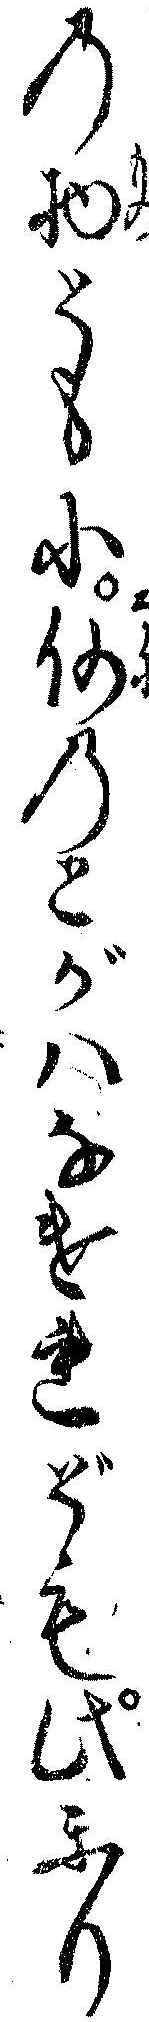
の物ともに何のとがハなけれども此かり